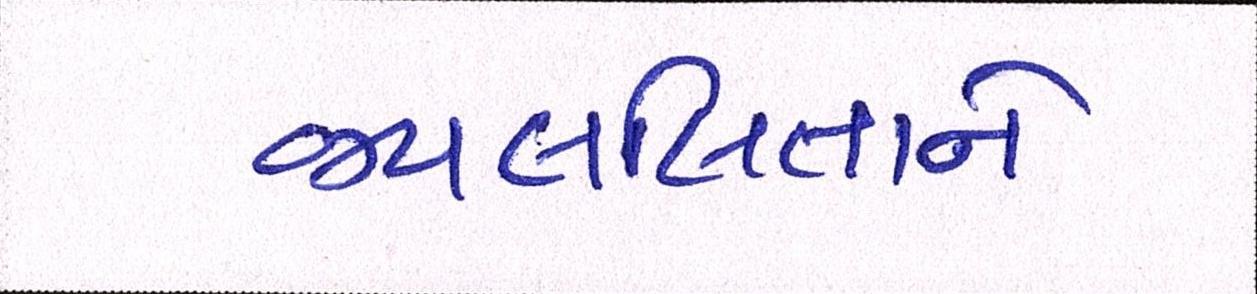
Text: જયલલિતાને